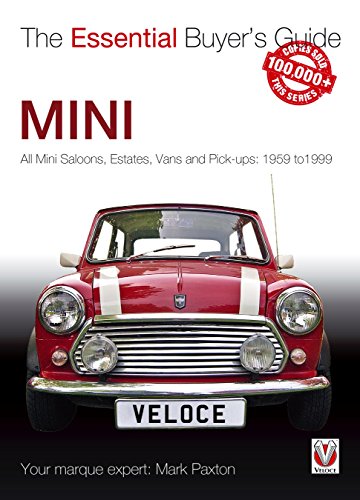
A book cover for Mini: The Essential Buyer's Guide; Mark Paxton; Engineering & Transportation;